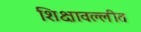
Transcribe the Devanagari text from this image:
शिक्षावल्लीत